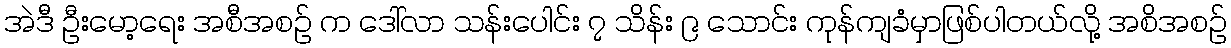
အဲဒီ ဦးမော့ရေး အစီအစဉ် က ဒေါ်လာ သန်းပေါင်း ၇ သိန်း ၉ သောင်း ကုန်ကျခံမှာဖြစ်ပါတယ်လို့ အစိအစဉ်